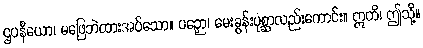
ဌပနီယော၊ မဖြေဘဲထားအပ်သော။ ပဉှော၊ မေးခွန်းပုစ္ဆာလည်းကောင်း။ ဣတိ၊ ဤသို့။